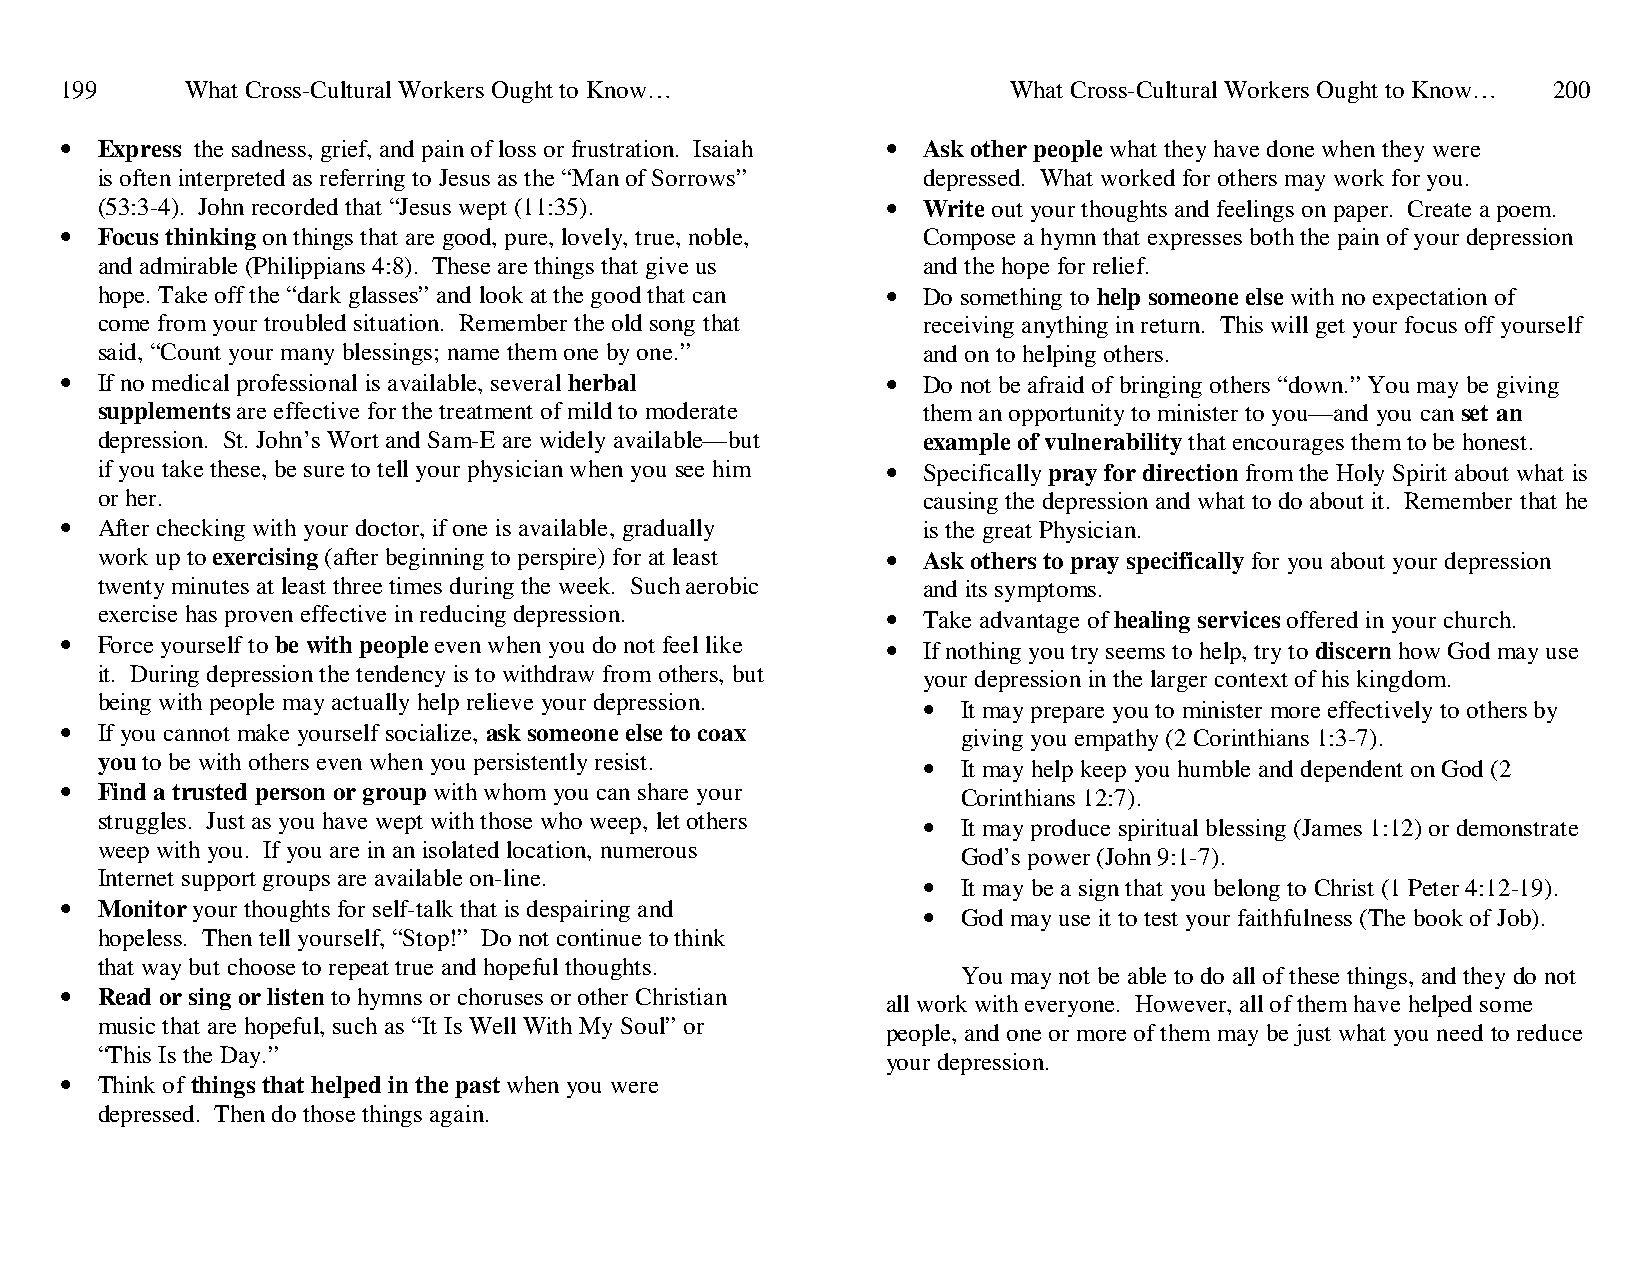
199     What Cross-Cultural Workers Ought to Know…             What Cross-Cultural Workers Ought to Know… 200
 • Express the sadness, grief, and pain of loss or frustration. Isaiah • Ask other people what they have done when they were
 is often interpreted as referring to Jesus as the “Man of Sorrows” depressed. What worked for others may work for you.
 (53:3-4). John recorded that “Jesus wept (11:35).    • Write out your thoughts and feelings on paper. Create a poem.
 • Focus thinking on things that are good, pure, lovely, true, noble, Compose a hymn that expresses both the pain of your depression
 and admirable (Philippians 4:8). These are things that give us and the hope for relief.
 hope. Take off the “dark glasses” and look at the good that can • Do something to help someone else with no expectation of
 come from your troubled situation. Remember the old song that receiving anything in return. This will get your focus off yourself
 said, “Count your many blessings; name them one by one.” and on to helping others.
 • If no medical professional is available, several herbal • Do not be afraid of bringing others “down.” You may be giving
 supplements are effective for the treatment of mild to moderate them an opportunity to minister to you—and you can set an
 depression. St. John’s Wort and Sam-E are widely available—but example of vulnerability that encourages them to be honest.
 if you take these, be sure to tell your physician when you see him • Specifically pray for direction from the Holy Spirit about what is
 or her.                                                causing the depression and what to do about it. Remember that he
 • After checking with your doctor, if one is available, gradually is the great Physician.
 work up to exercising (after beginning to perspire) for at least • Ask others to pray specifically for you about your depression
 twenty minutes at least three times during the week. Such aerobic and its symptoms.
 exercise has proven effective in reducing depression. • Take advantage of healing services offered in your church.
 • Force yourself to be with people even when you do not feel like • If nothing you try seems to help, try to discern how God may use
 it. During depression the tendency is to withdraw from others, but your depression in the larger context of his kingdom.
 being with people may actually help relieve your depression. • It may prepare you to minister more effectively to others by
 • If you cannot make yourself socialize, ask someone else to coax giving you empathy (2 Corinthians 1:3-7).
 you to be with others even when you persistently resist. • It may help keep you humble and dependent on God (2
 • Find a trusted person or group with whom you can share your Corinthians 12:7).
 struggles. Just as you have wept with those who weep, let others • It may produce spiritual blessing (James 1:12) or demonstrate
 weep with you. If you are in an isolated location, numerous
 God’s power (John 9:1-7).
 Internet support groups are available on-line.         •  It may be a sign that you belong to Christ (1 Peter 4:12-19).
 • Monitor your thoughts for self-talk that is despairing and • God may use it to test your faithfulness (The book of Job).
 hopeless. Then tell yourself, “Stop!” Do not continue to think
 that way but choose to repeat true and hopeful thoughts.
 You may not be able to do all of these things, and they do not
 • Read or sing or listen to hymns or choruses or other Christian
 all work with everyone. However, all of them have helped some
 music that are hopeful, such as “It Is Well With My Soul” or
 people, and one or more of them may be just what you need to reduce
 “This Is the Day.”
 your depression.
 • Think of things that helped in the past when you were
 depressed. Then do those things again.